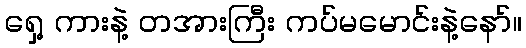
ရှေ့ ကားနဲ့ တအားကြီး ကပ်မမောင်းနဲ့နော်။